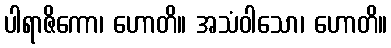
ပါရာဇိကော၊ ဟောတိ။ အသံဝါသော၊ ဟောတိ။